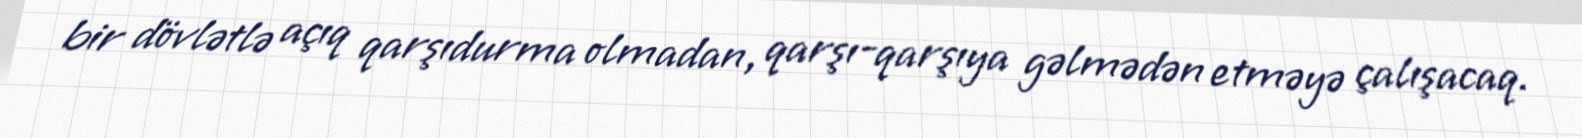
bir dövlətlə açıq qarşıdurma olmadan, qarşı-qarşıya gəlmədən etməyə çalışacaq.